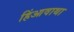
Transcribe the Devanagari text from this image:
हिंआवाथा